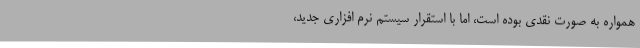
همواره به صورت نقدی بوده است، اما با استقرار سیستم نرم افزاری جدید،